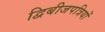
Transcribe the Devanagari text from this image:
द्विबीजपत्रियों